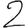
Digit: 2